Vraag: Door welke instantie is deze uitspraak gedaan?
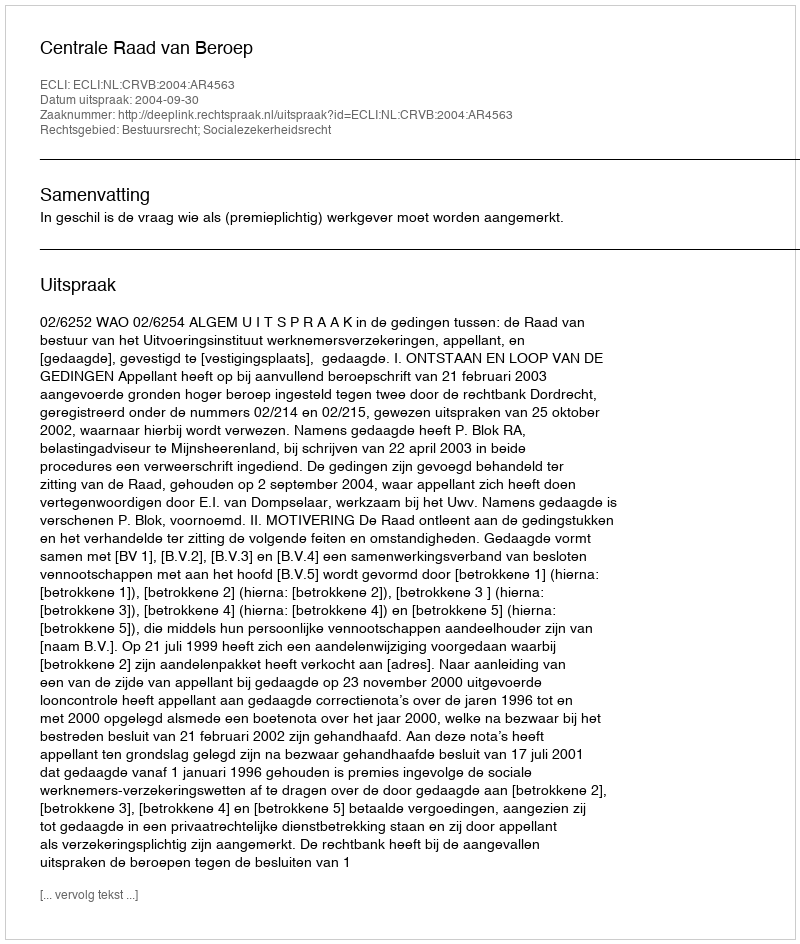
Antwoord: Centrale Raad van Beroep